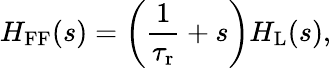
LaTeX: H_{\mathrm{FF}}(s)=\left(\frac{1}{\tau_{\mathrm{r}}}+s\right)H_{\mathrm{L}}(s),